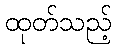
ထုတ်သည့်